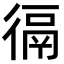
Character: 𢔸